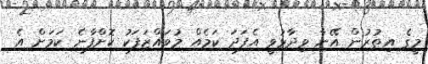
މީގެ އިތުރުން އޭނާ ވިދާޅުވީ އެފަދަ ކަމެއް މުވައްޒަފަކު ކޮށްފާނެ ކަމަށް އެ